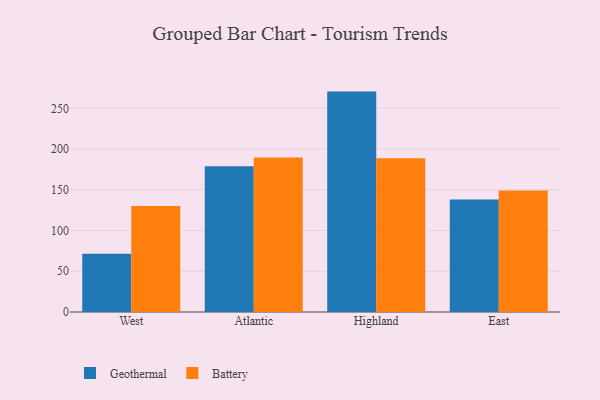
{"axis": {"x": "Region", "y": "Bounce Rate (%)"}, "legend": ["Battery", "Geothermal"], "data": [{"x": "West", "y": 71.5, "type": "Geothermal"}, {"x": "West", "y": 130.2, "type": "Battery"}, {"x": "Atlantic", "y": 178.9, "type": "Geothermal"}, {"x": "Atlantic", "y": 189.5, "type": "Battery"}, {"x": "Highland", "y": 270.5, "type": "Geothermal"}, {"x": "Highland", "y": 188.8, "type": "Battery"}, {"x": "East", "y": 138.1, "type": "Geothermal"}, {"x": "East", "y": 149.1, "type": "Battery"}]}